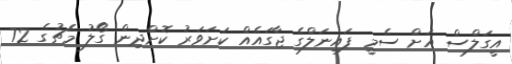
އީގަލްސް އަށް ސެމީ ފައިނަލްގެ ޖާގައެއް ކަށަވަރު ކޮށްދިން ގޯލު މެޗުގެ 72